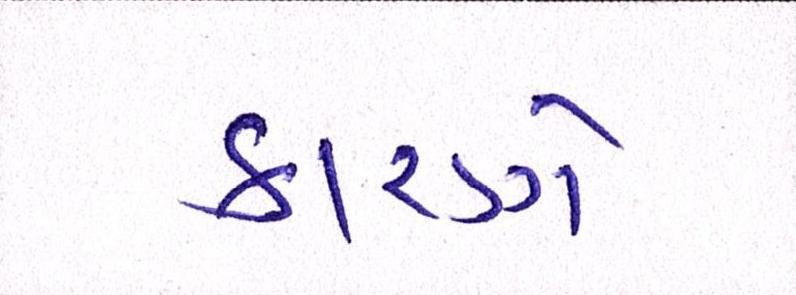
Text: કારણે